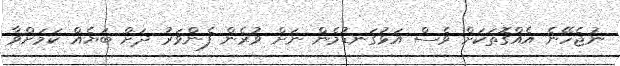
ނުޖެހޭނެ އެއްގޮތަކަށް ވެސް އަޅުގަނޑުމެން ނަށް ވުރެން ފެންވަރު ދަށް ބަޔެއް ކަމަށްވާ